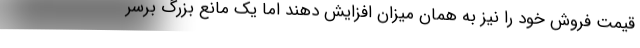
قیمت فروش خود را نیز به همان میزان افزایش دهند اما یک مانع بزرگ برسر